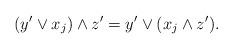
LaTeX: \begin{align*}(y'\vee x_{j})\wedge z' = y'\vee(x_{j}\wedge z').\end{align*}